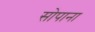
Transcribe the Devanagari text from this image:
सोपाना